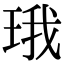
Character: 珴